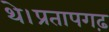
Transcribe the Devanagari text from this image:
थे।प्रतापगढ़